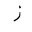
Letter: _zay